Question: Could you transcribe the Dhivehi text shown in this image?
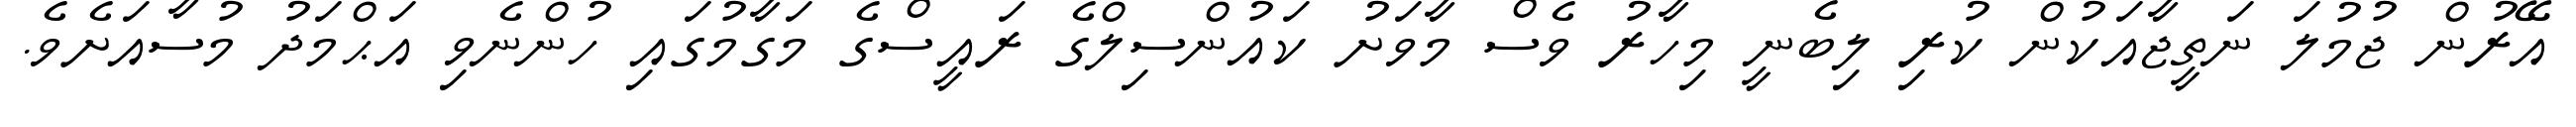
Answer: އޭރުން ޖުމުލަ ނަތީޖާއަކުން ކުރި ލިބެނީ މިހާރު ވެސް މާވަށު ކައުންސިލްގެ ރައީސްގެ މަގާމުގައި ހުންނެވި އަޙްމަދު މުސާއަށެވެ.